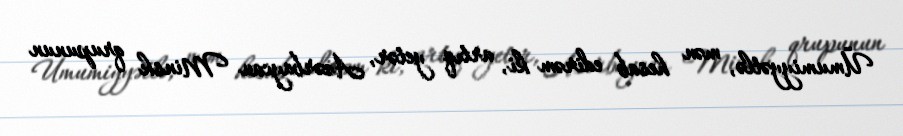
Ümumiyyətlə, mən hesab edirəm ki, artıq yetər, Azərbaycan Minsk qrupunun